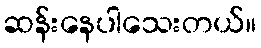
ဆန်းနေပါသေးတယ်။